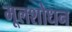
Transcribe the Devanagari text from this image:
मूलशोधन